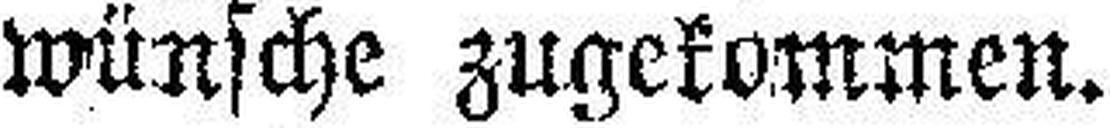
wünsche zugekommen.